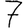
Digit: 7